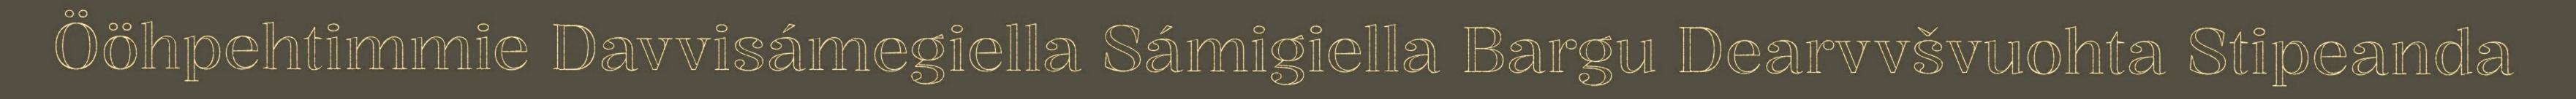
Ööhpehtimmie Davvisámegiella Sámigiella Bargu Dearvvšvuohta Stipeanda